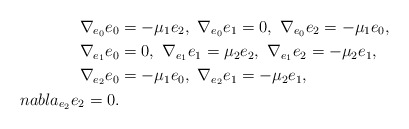
\begin{align*}\nabla_{e_0}e_{0}&=-\mu_1e_2,\ \nabla_{e_0}e_{1}=0,\ \nabla_{e_0}e_{2}=-\mu_1e_0,\\\nabla_{e_1}e_{0}&=0,\ \nabla_{e_1}e_{1}=\mu_2e_2,\ \nabla_{e_1}e_{2}=-\mu_2e_1,\\\nabla_{e_2}e_{0}&=-\mu_1e_0,\ \nabla_{e_2}e_{1}=-\mu_2e_1,\\nabla_{e_2}e_{2}=0.\end{align*}